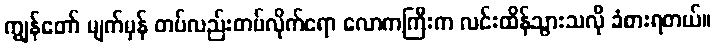
ကျွန်တော် မျက်မှန် တပ်လည်းတပ်လိုက်ရော လောကကြီးက လင်းထိန်သွားသလို ခံစားရတယ်။